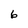
Character: 6